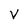
Character: V